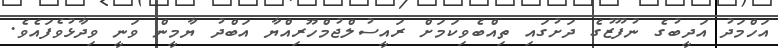
އަހްމަދު އަދީބުގެ ނުފޫޒުގެ ދަށުގައި ތިއްބެވިކަމަށް ރައީސުލްޖުމްހޫރިއްޔާ އަބްދު ޔާމީން ވަނީ ވިދާޅުވެފައެވެ.